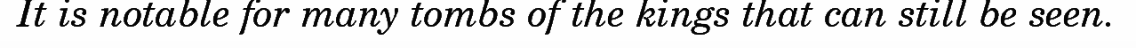
It is notable for many tombs of the kings that can still be seen.